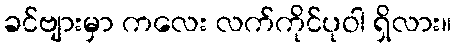
ခင်ဗျားမှာ ကလေး လက်ကိုင်ပုဝါ ရှိလား။